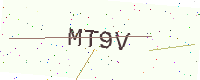
Text: MT9V